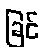
ခြင်